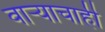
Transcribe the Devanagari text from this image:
वाऱ्याचाही